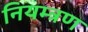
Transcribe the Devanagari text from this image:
नियम्त्रण